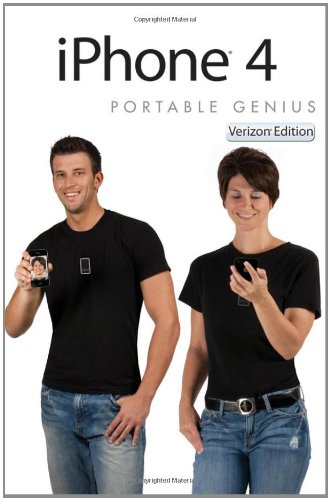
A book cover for iPhone 4 Portable Genius; Paul McFedries; Computers & Technology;